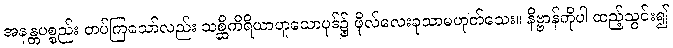
အနန္တပစ္စည်း တပ်ကြသော်လည်း သစ္ဆိကိရိယာဟူသောပုဒ်၌ ဖိုလ်လေးခုသာမဟုတ်သေး။ နိဗ္ဗာန်ကိုပါ ထည့်သွင်း၍